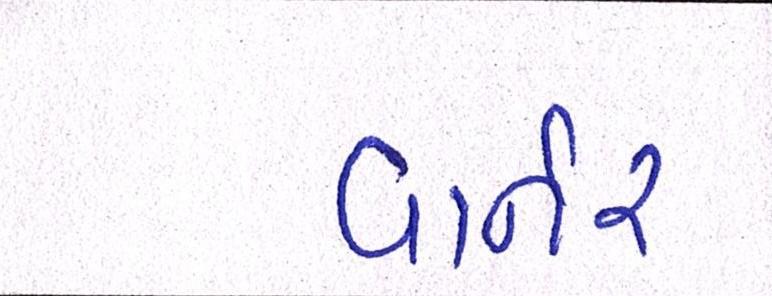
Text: વાર્નર